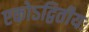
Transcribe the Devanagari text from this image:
एकोऽद्वितीयः